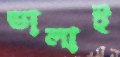
ভালাই